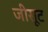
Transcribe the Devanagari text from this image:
जीसूट